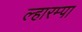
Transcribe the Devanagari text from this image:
ल्हारम्पा